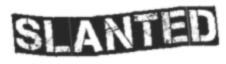
SLANTED